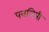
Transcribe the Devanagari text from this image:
पत्रलिपी